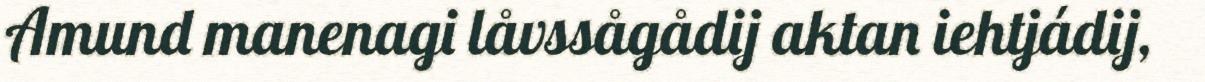
Amund manenagi låvssågådij aktan iehtjádij,